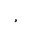
Letter: _hamza